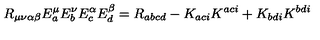
R _ { \mu \nu \alpha \beta } E _ { a } ^ { \mu } E _ { b } ^ { \nu } E _ { c } ^ { \alpha } E _ { d } ^ { \beta } = R _ { a b c d } - K _ { a c i } K ^ { a c i } + K _ { b d i } K ^ { b d i }